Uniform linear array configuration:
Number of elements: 64
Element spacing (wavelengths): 0.25
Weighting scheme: hamming
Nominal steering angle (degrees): -45
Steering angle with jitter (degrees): -43.166
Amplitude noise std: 0.05
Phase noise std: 0.05

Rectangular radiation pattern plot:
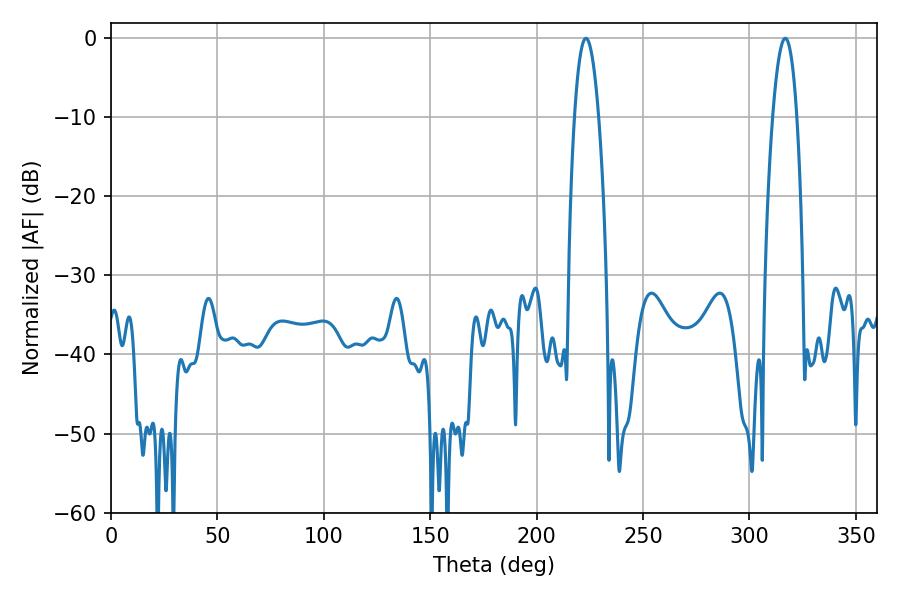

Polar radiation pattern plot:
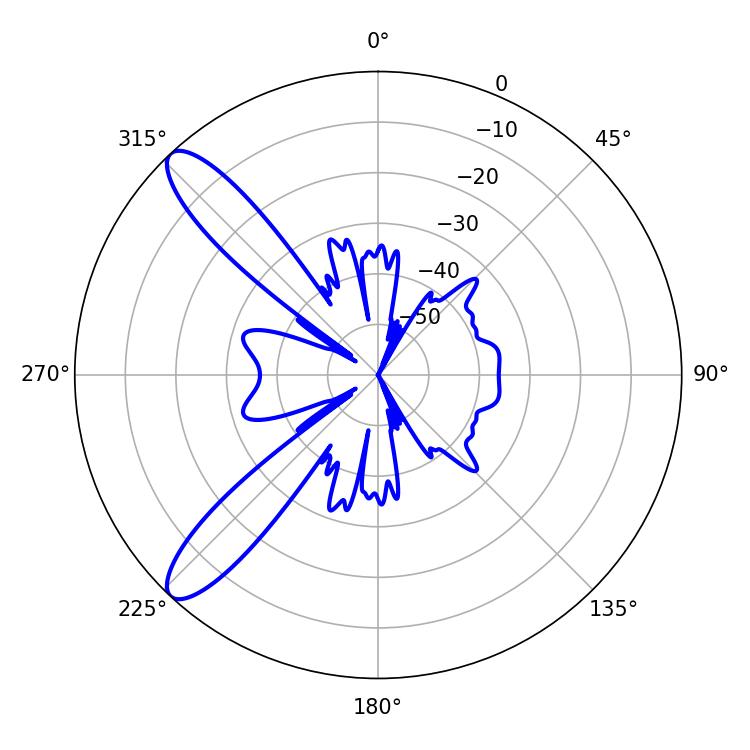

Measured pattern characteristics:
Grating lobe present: FALSE
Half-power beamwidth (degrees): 6.3
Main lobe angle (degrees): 316.8